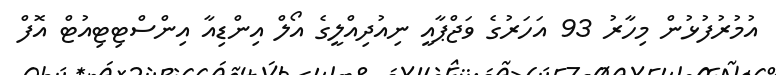
އުމުރުފުޅުން މިހާރު 93 އަހަރުގެ ވަޖްޕާއީ ނިއުދިއްލީގެ އޯލް އިންޑިއާ އިންސްޓިޓިއުޓް އޮފް